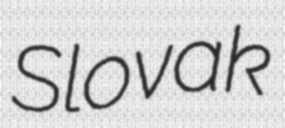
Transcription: Slovak